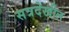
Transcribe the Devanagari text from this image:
सत्रदेखील